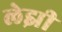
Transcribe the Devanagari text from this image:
लेझी